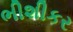
ભીશીકર